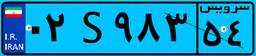
۸۹S۰۴۴۰۱